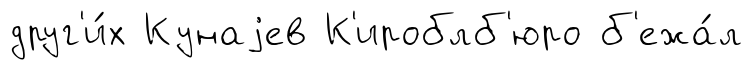
друг'и́х Кунаjев К'ироблб'юро б'ежа́л